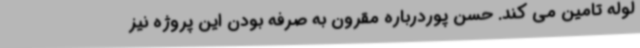
لوله تامین می کند. حسن پوردرباره مقرون به صرفه بودن این پروژه نیز